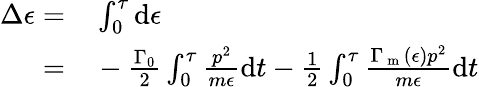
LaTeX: \begin{array}{rl}{\Delta\epsilon=}&{{}\int_{0}^{\tau}\mathrm{d}\epsilon}\\ {=}&{{}-\frac{\Gamma_{0}}{2}\int_{0}^{\tau}\frac{p^{2}}{m\epsilon}\mathrm{d}t-\frac{1}{2}\int_{0}^{\tau}\frac{\Gamma_{\mathrm{~m~}}(\epsilon)p^{2}}{m\epsilon}\mathrm{d}t}\end{array}